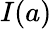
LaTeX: I(a)